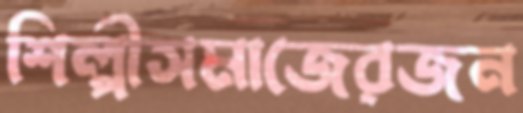
শিল্পীসমাজেরজন